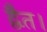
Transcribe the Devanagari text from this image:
द्वैत।